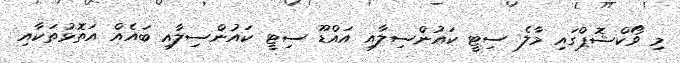
މި ވޯކްޝޮޕްގައި މާލެ ސިޓީ ކައުންސިލާއި އައްޑޫ ސިޓީ ކައުންސިލާއި ބައެއް އަތޮޅުތަކާއި